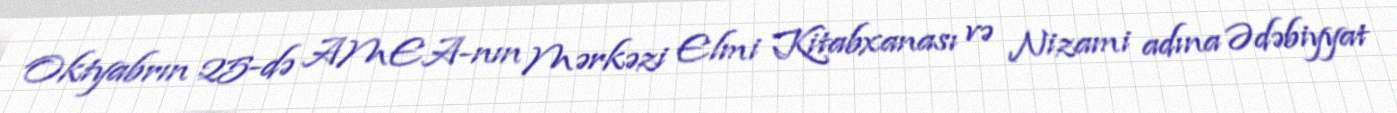
Oktyabrın 25-də AMEA-nın Mərkəzi Elmi Kitabxanası və Nizami adına Ədəbiyyat